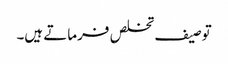
توصیف تخلص فرماتے ہیں۔